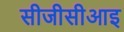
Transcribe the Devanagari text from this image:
सीजीसीआइ